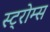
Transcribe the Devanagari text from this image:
स्ट्रोम्स